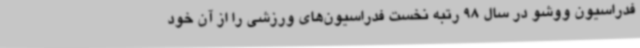
فدراسیون ووشو در سال 98 رتبه نخست فدراسیون‌های ورزشی را از آن خود